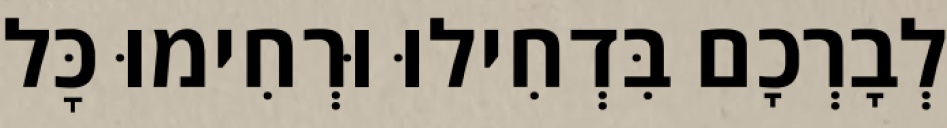
לְבָרְכָם בִּדְחִילוּ וּרְחִימוּ כׇּל